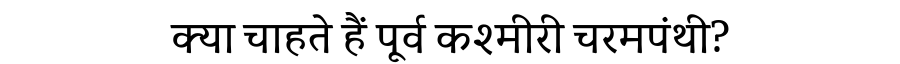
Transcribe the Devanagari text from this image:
क्या चाहते हैं पूर्व कश्मीरी चरमपंथी?